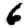
Digit: 6